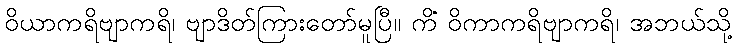
ဝိယာကရိဗျာကရိ၊ ဗျာဒိတ်ကြားတော်မူပြီ။ ကိံ ဝိကာကရိဗျာကရိ၊ အဘယ်သို့